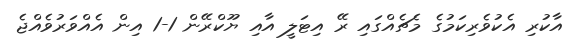
އާކުރި އެކުވެރިކަމުގެ މެޗެއްގައި ރޭ އިޓަލީ އާއި ޔޫކްރޭން 1-1 އިން އެއްވަރުވެއްޖެ